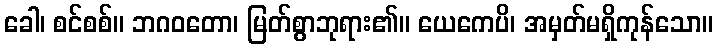
ခေါ၊ စင်စစ်။ ဘဂဝတော၊ မြတ်စွာဘုရား၏။ ယေကေပိ၊ အမှတ်မရှိကုန်သော။